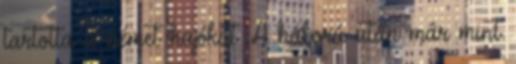
tartotta a német hajókat. A háború után már mint